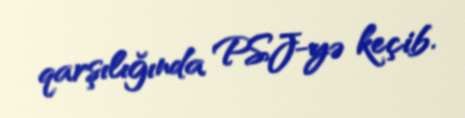
qarşılığında PSJ-yə keçib.